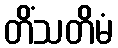
တိံသတိမံ